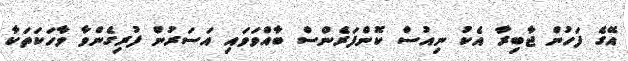
އޭގެ ފަހުން ޖާބިރާ އެކު ނިއުސް ކޮންފަރެންސް ބާއްވަވައި އަސަރުން ފުރިގެންވާ ވާހަކަތަކާ